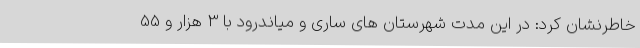
خاطرنشان کرد: در این مدت شهرستان های ساری و میاندرود با 3 هزار و 55